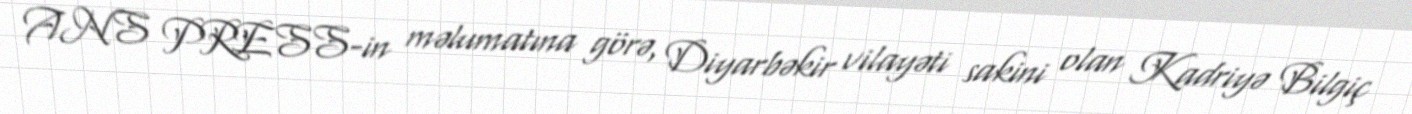
ANS PRESS-in məlumatına görə, Diyarbəkir vilayəti sakini olan Kadriyə Bilgiç